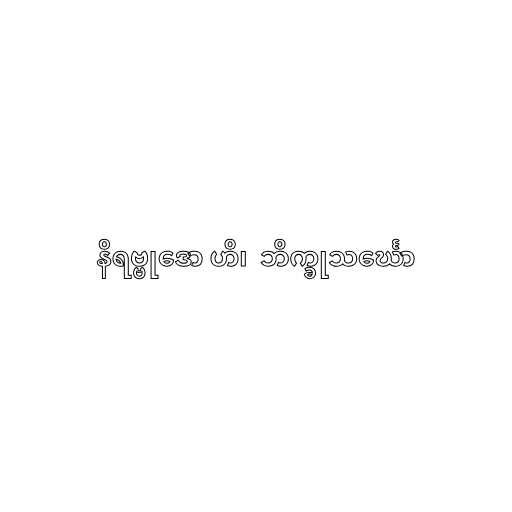
နိရဗ္ဗုဒော ဟိ၊  ဘိက္ခုသင်္ဃော